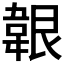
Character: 𩎤